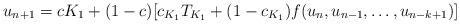
LaTeX: \begin{align*}u_{n+1}=c K_1 + (1-c)[c_{K_1} T_{K_1}+(1-c_{K_1})f( u_n,u_{n-1}, \dots, u_{n-k+1} )]\end{align*}